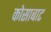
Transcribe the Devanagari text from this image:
कोसाबाट